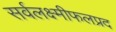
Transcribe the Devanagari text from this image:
सर्वलक्ष्मीफलप्रद